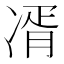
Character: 𭂘